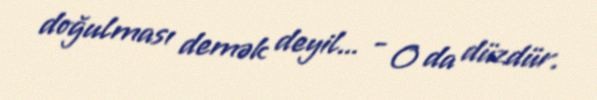
doğulması demək deyil... - O da düzdür.